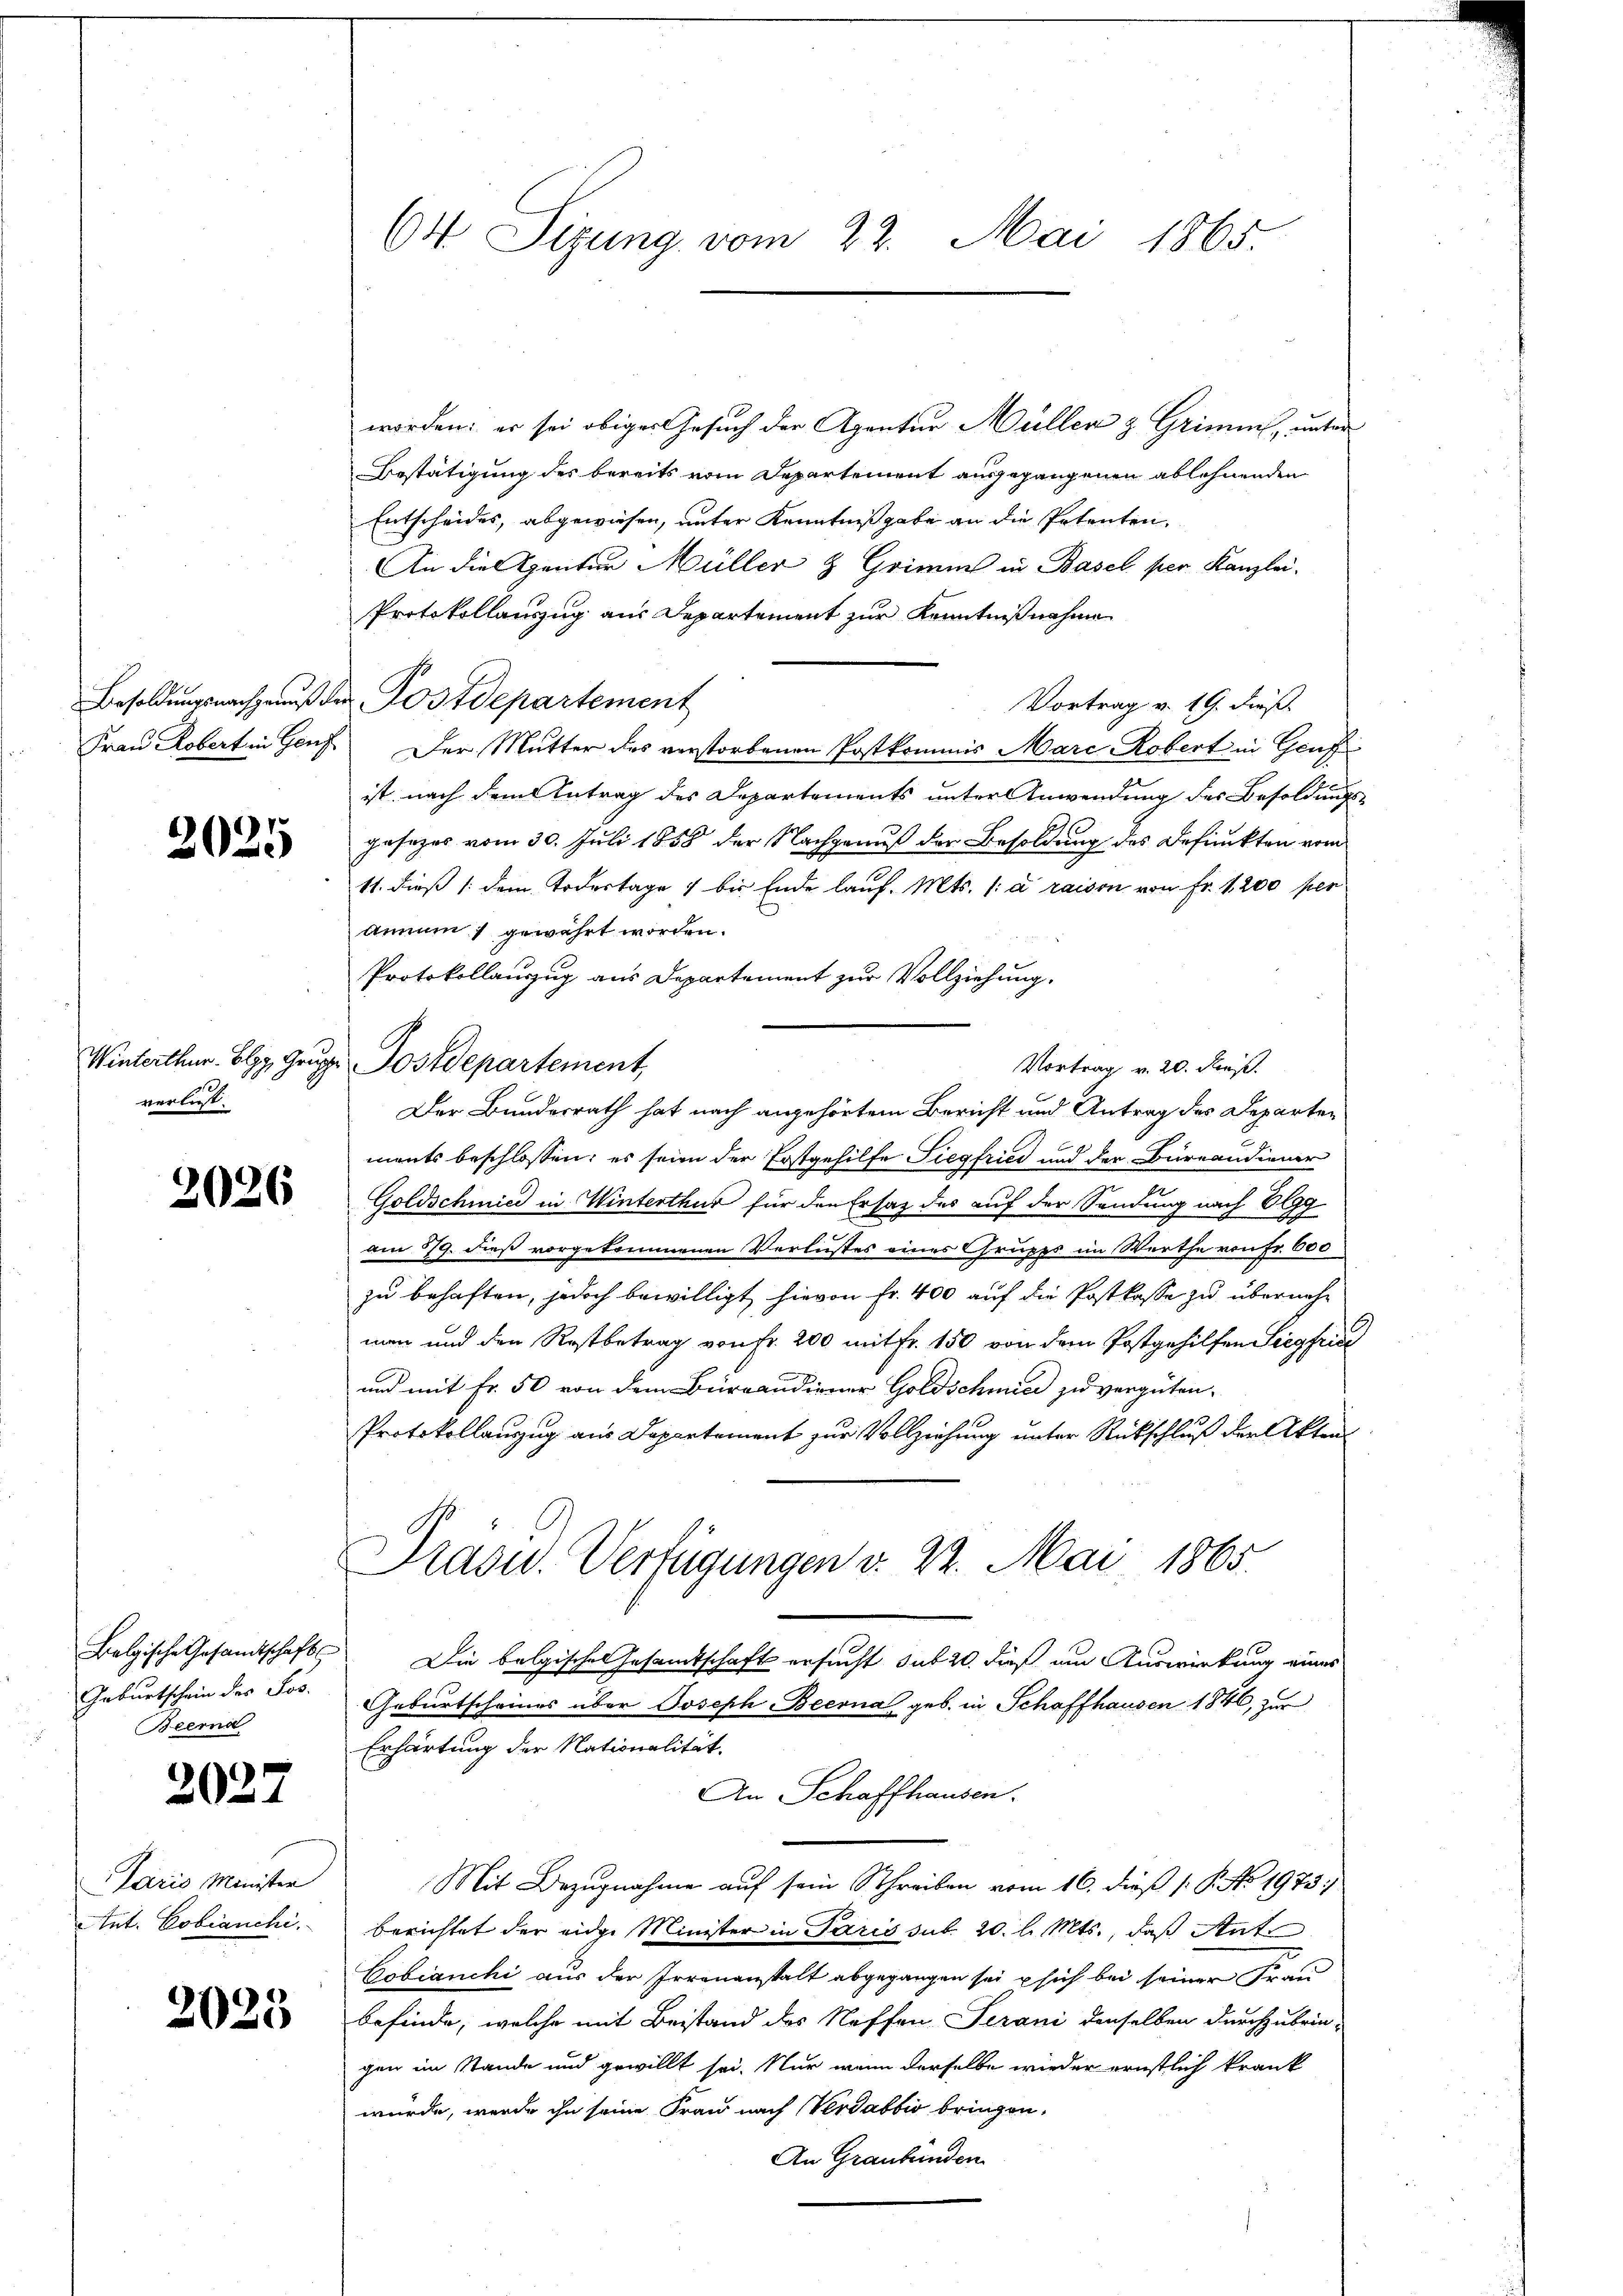
2025

verlust.

2026

Beernd

3027

Paris Minister

2025

64 Sizung vom 22. Mai 1865.

worden; er sei obiger Gesuch der Agentur Müller & Grimm, unter
Bestätigung des bereits vom Departement ausgegangenen ablehnenden
Entscheides, abgewiesen, unter Kenntniß gabe an die Petenten,
An die Agentur Müller & Grimms in Basel per Kanzlei.
Protokollauszug aus Departement zur Kenntnißnahme
Vortrag v. 19. dieß.
Frau Robert in Genf. Der Mutter des verstorbenen Postkommis Mare Robert in Genf
ist, nach dem Antrag des Departements unter Anwendung des Besoldungs-
gesezes vom 30. Juli 1858 der Nachgenuß der Besoldung des Befunckten vom
11. dieß /: dem Todestage 1 bis Ende lauf. Mts. (: à raison von Fr. 1200 per
Annum gewährt worden.
Protokollauszug aus Departement zur Vollziehung.
Winterthur, Elgg, Gruppe Postdepartement,
Vortrag v. 20. Fuß.
Der Bundesrath hat nach angehörtem Bericht und Antrag des Departen
ments beschlossen: es seien der Erstgehilfe Siegfried und der Bureaudier
Goldschmied in Winterthur für den Ersatz des auf der Sendung nach Elgg
am 19. dieß vorgekommenen Verlustes eines Grupps im Werthe von Fr. 600
zu behaften, jedoch bewilligt hievon fr. 400 auf die Postkasse zu übernehmen und den Restbetrag von Fr. 200 mit Fr. 150 von dem Postgehilfen Siegfrie
und mit Fr. 50 von dem Büreaudiener Goldschmied zu vergüten.
Protokollauszug aus Departement zur Vollziehung unter Rückschluß der Akten
Präsid.. Verfügungen v. 22. Mai 1865.
Belgische Gesamtschafts Die belgisches Gesamtschaft ersucht sub 20. dieß um Auswirkung eines
Geburtschein des Jos. Geburtscheines über Joseph Beerna geb. in Schaffhausen 1846, zur
Erhärtung der Nationalität.
An Schaffhausen.
Mit Bezugnahme auf sein Schreiben vom 16. dieß (: P. No. 1973
Ant. Cobianchi, Berichtet der eidge Minister in Paris sub. 20. l. Mts., daß Ante
Cobianchi aus der Irrenanstalt abgegangen sei sich bei seiner Frau
befinde, welche mit Beistand des Neffen Serani denselben durchzubrin-
gen im Stande und gewillt sei. Nur wenn derselbe wieder ernstlich krank
würde, werde ihn seine Frau nach Verdabbio bringen,
An Graubünden

Besoldungsnachgenuß der Postdepartement